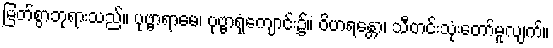
မြတ်စွာဘုရားသည်။ ပုဗ္ဗာရာမေ၊ ပုဗ္ဗာရုံကျောင်း၌။ ဝိဟရန္တော၊ သီတင်းသုံးတော်မူလျက်။